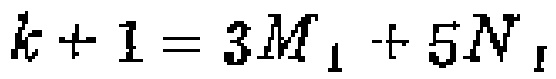
\(k + 1 = 3M_1+5N_1\)